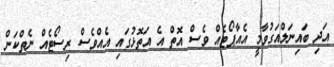
އަދި ބައިނަލްއަގުވާމީ އެއާޕޯޓެއް ވެސް އޮތް އެ އަތޮޅުގައި އެއްވެސް ރިސޯޓެއް ނެތްކަން